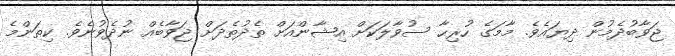
ޖަވާބުދެމުން ދިޔައެވެ. މާމަގެ ހުރިހާ ސުވާލަކަށް އިޝާންއަށް ތެދުތެދަށް ޖަވާބެއް ނުދެވުނެވެ. ކިތަންމެ